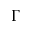
\Gamma